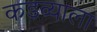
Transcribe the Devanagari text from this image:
कडव्याला